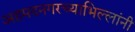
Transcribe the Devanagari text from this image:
अहमदनगरच्याभिल्लांनी